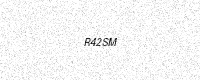
Text: R42SM